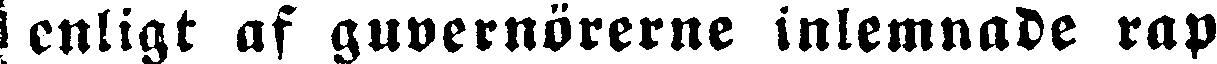
enligt af guvernörerne inlemnade rap